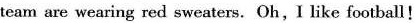
team are wearing red sweaters. Oh, I like football!